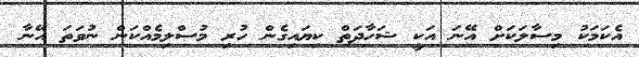
އެކަމަކު މިސާލަކަށް އޭނަ އަކީ ޝަހާދަތް ކިޔައިގެން ހުރި މުސްލިމެއްކަން ނުވަތަ އޭނާ